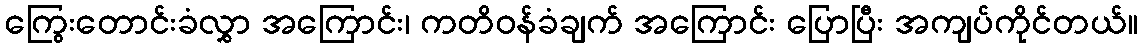
ကြွေးတောင်းခံလွှာ အကြောင်း၊ ကတိဝန်ခံချက် အကြောင်း ပြောပြီး အကျပ်ကိုင်တယ်။